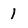
Character: 1